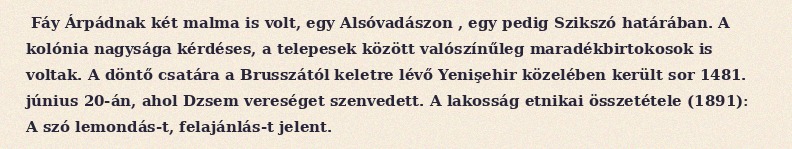
Fáy Árpádnak két malma is volt, egy Alsóvadászon , egy pedig Szikszó határában. A kolónia nagysága kérdéses, a telepesek között valószínűleg maradékbirtokosok is voltak. A döntő csatára a Brusszától keletre lévő Yenişehir közelében került sor 1481. június 20-án, ahol Dzsem vereséget szenvedett. A lakosság etnikai összetétele (1891): A szó lemondás-t, felajánlás-t jelent.